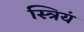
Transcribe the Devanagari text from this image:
स्त्रियं